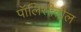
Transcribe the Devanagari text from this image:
पॉलिसीतील